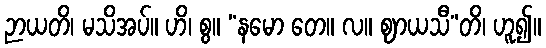
ဉာယတိ၊ မသိအပ်။ ဟိ၊ စွ။ “နမော တေ။ လ။ ဈာယသီ”တိ၊ ဟူ၍။